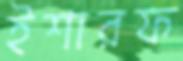
ইশারফ